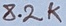
Text: 8.2K